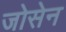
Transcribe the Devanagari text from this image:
जोसेन